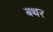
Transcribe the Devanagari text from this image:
बथर